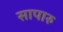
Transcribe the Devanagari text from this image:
सापारु